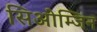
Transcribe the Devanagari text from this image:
सिओम्जिन